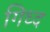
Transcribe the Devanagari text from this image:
गिध्द